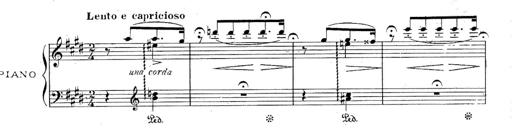
Title: Le rossignol
Composer: Franz Liszt